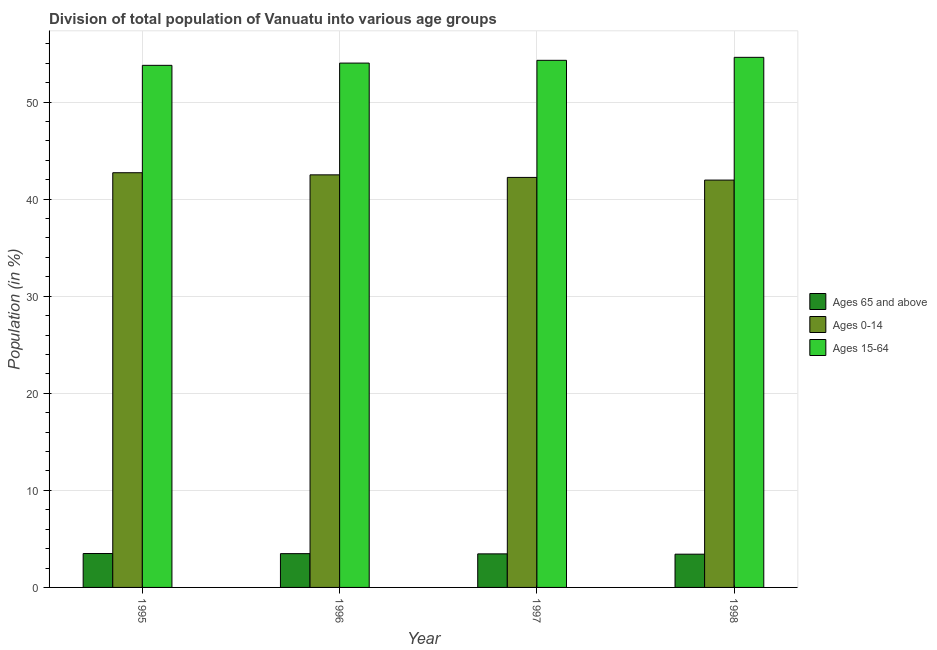
| Year | Ages 65 and above | Ages 0-14 | Ages 15-64 |
 | --- | --- | --- | --- |
 | 1995 | 3.49 | 42.7 | 53.8 |
 | 1996 | 3.48 | 42.5 | 54 |
 | 1997 | 3.46 | 42.2 | 54.3 |
 | 1998 | 3.43 | 42 | 54.6 |